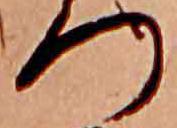
つ